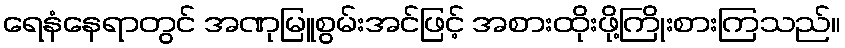
ရေနံနေရာတွင် အဏုမြူစွမ်းအင်ဖြင့် အစားထိုးဖို့ကြိုးစားကြသည်။